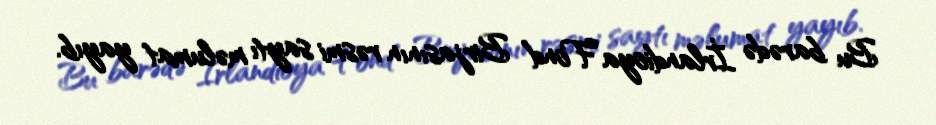
Bu barədə İrlandioya Fond Birjasının rəsmi saytı məlumat yayıb.